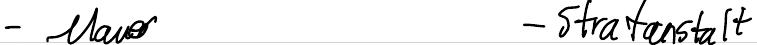
- Mauer      - Strafanstalt